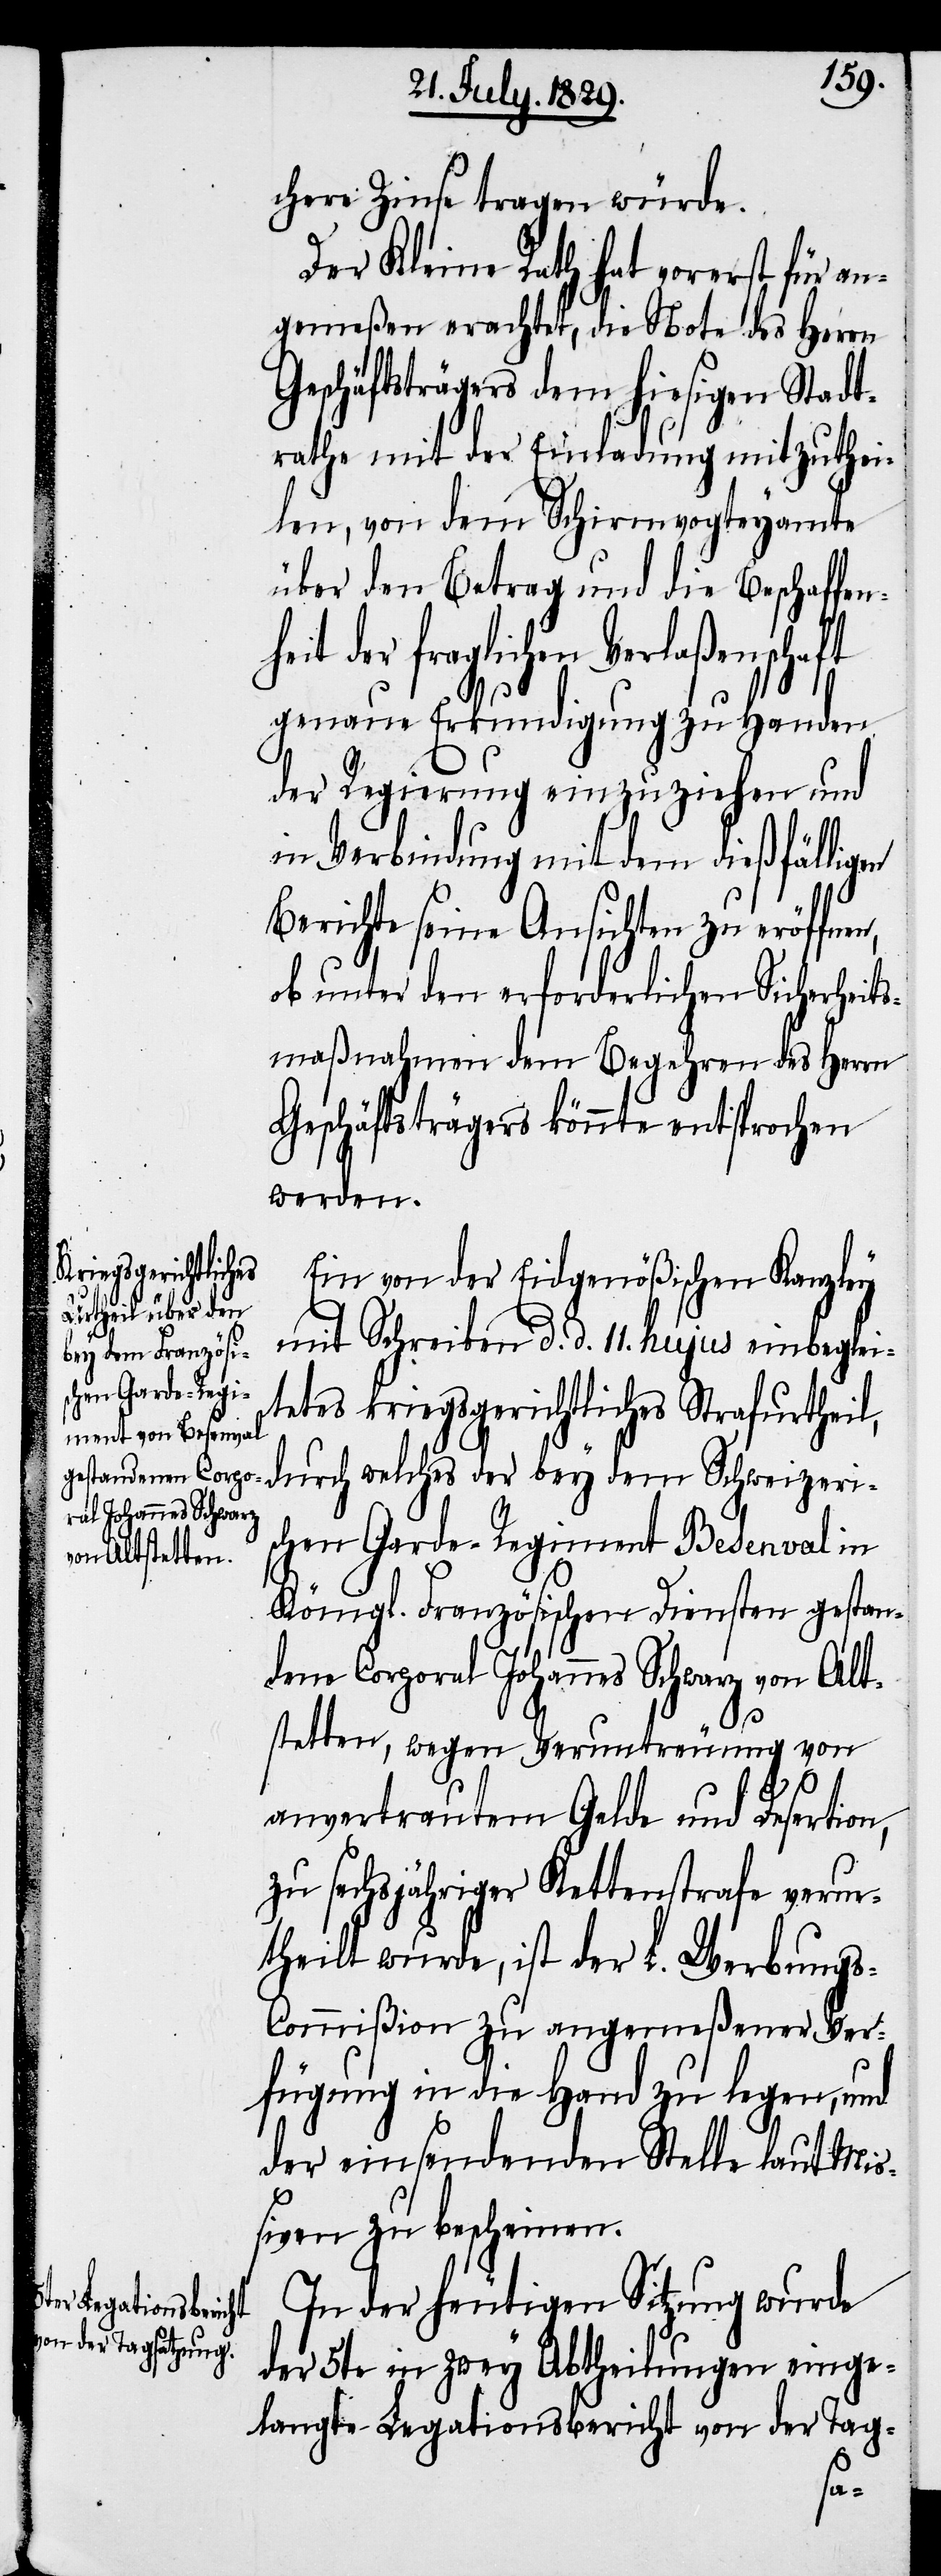
chere Zinse tragen würde.
Der Kleine Rath hat vorerst für an¬
gemeßen erachtet, die Note des Herrn
Geschäftsträgers dem hiesigen Stadt¬
rathe mit der Einladung mitzuthei¬
len, von dem Schirmvogteyamte
über den Betrag und die Beschaffen¬
heit der fraglichen Verlaßenschaft
genaue Erkundigung zu Handen
der Regierung einzuziehen und
in Verbindung mit dem dießfälligen
Berichte seine Ansichten zu eröffnen,
ob unter den erforderlichen Sicherheits¬
maßnahmen dem Begehren des Herrn
Geschäftsträgers könnte entsprochen
werden.
durch welches
Ein von der Eidgenößischen Kanzley
mit Schreiben d. d. 11. hujus einbeglei¬
tetes kriegsgerichtliches Strafurtheil,
schen Garde-Regiment Basenval in
Königl. Französischen Diensten gestan¬
dene Corporal Johannes Schwarz von Alt¬
stetten, wegen Veruntreuung von
anvertrautem Gelde und Desertion,
zu sechsjähriger Kettenstrafe verur¬
theilt wurde, ist der L. Werbung¬
s-Commißion zu angemeßener Ver¬
fügung in die Hand zu legen, und
der einsendenden Stelle laut Mi¬
ßiven zu bescheinen.
In der heutigen Sitzung wurde
Schweizeri¬
der 5te in zwey Abtheilungen einge¬
langte Legationsbericht von der Tag-